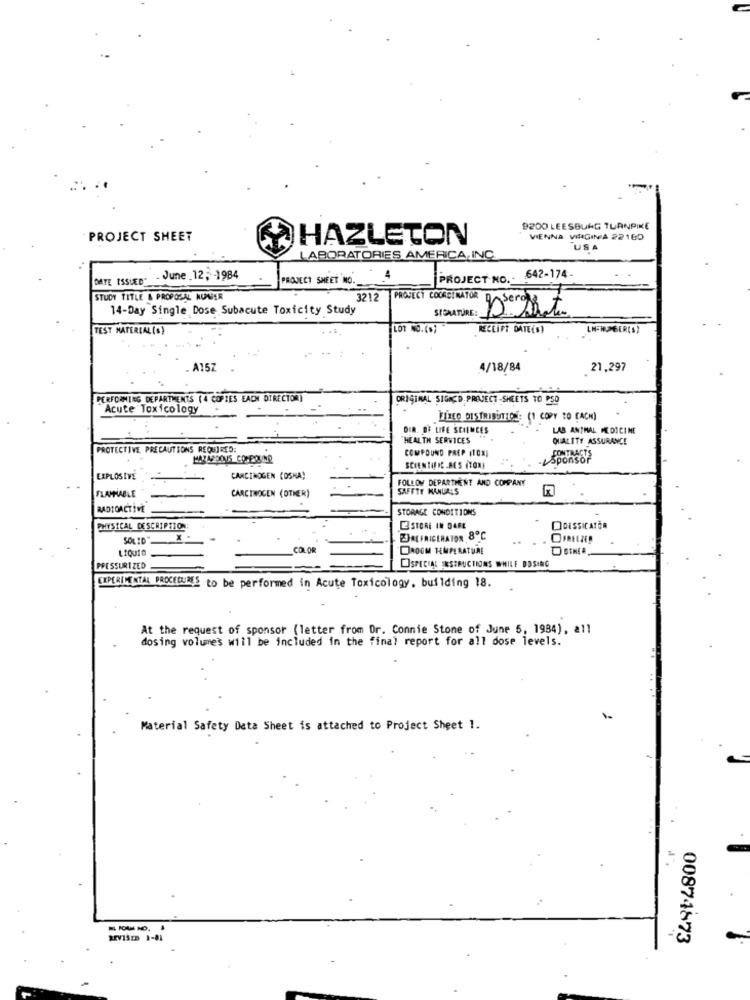
9200 LEESBURG TURNPIKE
PROJECT SHEET
HAZLETON
VIENNA VIRGINIA 22160
USA
LABORATORIES AMERICA, INC.
DATE ISSUED" - June 12; 1984
PROJECT SHEET NO ._
4
PROJECT NO. - 642-174.
STUDY TITLE & PROPOSAL NUNDER
3212
14-Day Single Dose Subacute Toxicity Study
PROJECT COORDINATOR
TEST MATERIAL ( S )
. ..
LOT NO.(S)
RECEIPT DATE(S)
A157
4/18/84
21,297
PERFORMING DEPARTMENTS (4 COPIES EACH DIRECTOR)
ORIGINAL SIGNED PROJECT-SHEETS TO PSD
Acute Toxicology
FICO DISTRIBUTION: (1 COPY TO CACH)
DIR. OF LIFE SCIENCES
LAB ANTHAL MEDICINE
HEALTH SERVICES
QUALITY ASSURANCE
PROTECTIVE PRECAUTIONS REQUIRED:
COMPOUND PREP (10x]
LSponsor
SCIENTIFIC -BES (TONI
EXPLOSIVE
CARCINOGEN (OSHA)
FOLLOW DEPARTMENT AND COMPANY
CARCINOGEN (OTHER)
SAFETY MANUALS
FLAMMABLE
RADIOACTIVE
STORAGE CONDITIONS
PHYSICAL DESCRIPTION
STORE IN DARE
DoESSICATOR
SOLID
EJREFRIGERATOR 8℃
COLOR
ROOM TEMPERATURE
PRESSURIZED
SPECIAL INSTRUCTIONS WHILE DOSING
EXPERIMENTAL PROCEDURES to be performed in Acute Toxicology, building 18.
At the request of sponsor (letter from Dr. Connie Stone of June 5, 1984), all
dosing volumes will be included in the final report for all dose levels.
Material Safety Data Sheet is attached to Project Sheet 1.
REVISED 1-81
00874873